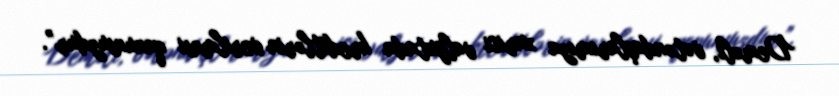
Deməli, vətəndaşlarımıza xarici valyutada kreditlərin verilməsi qanunsuzdur”.